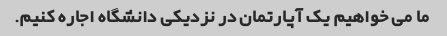
ما می خواهیم یک آپارتمان در نزدیکی دانشگاه اجاره کنیم.